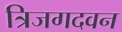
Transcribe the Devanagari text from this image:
त्रिजगदवन